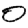
Digit: 0